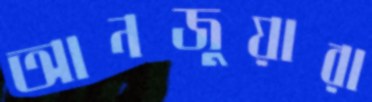
আনজুয়ারা